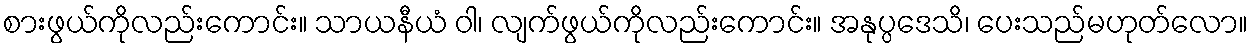
စားဖွယ်ကိုလည်းကောင်း။ သာယနီယံ ဝါ၊ လျက်ဖွယ်ကိုလည်းကောင်း။ အနုပ္ပဒေသိ၊ ပေးသည်မဟုတ်လော။